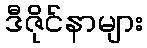
ဒီဇိုင်နာများ